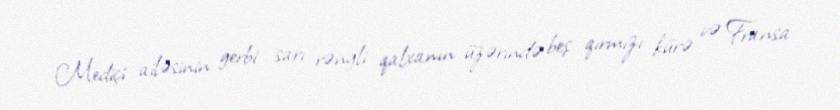
Mediçi ailəsinin gerbi sarı rəngli qalxanın üzərində beş qırmızı kürə və Fransa